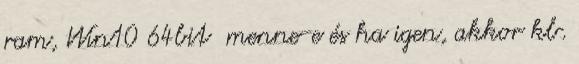
ram, Win10 64bit menne-e és ha igen, akkor kb.